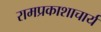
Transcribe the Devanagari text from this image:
रामप्रकाशाचार्य